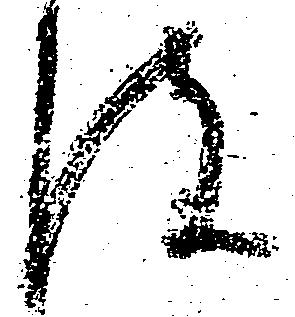
皮